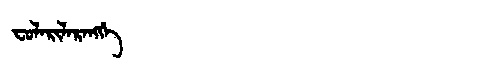
Manchu: ᠸᡠᠯᠠᡵᡳᠯᠠᡵᠠᠩᡤᡝ
Romanization: FULARILARANGGE